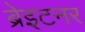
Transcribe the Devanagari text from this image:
ब्रेइटनर